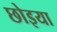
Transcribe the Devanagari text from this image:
छोइया